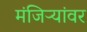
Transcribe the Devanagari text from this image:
मंजिऱ्यांवर